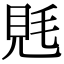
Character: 𧠑